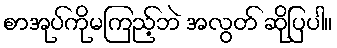
စာအုပ်ကိုမကြည့်ဘဲ အလွတ် ဆိုပြပါ။